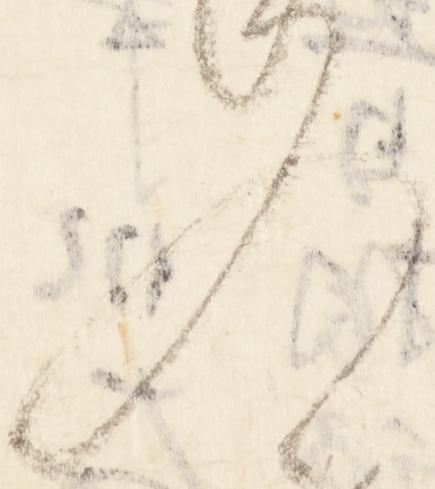
入